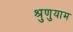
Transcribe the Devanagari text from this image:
श्रुणुयाम